Civil Veterinary Dept. North-West Frontier Province 1933-46 - 1933-1946
Year: 1933
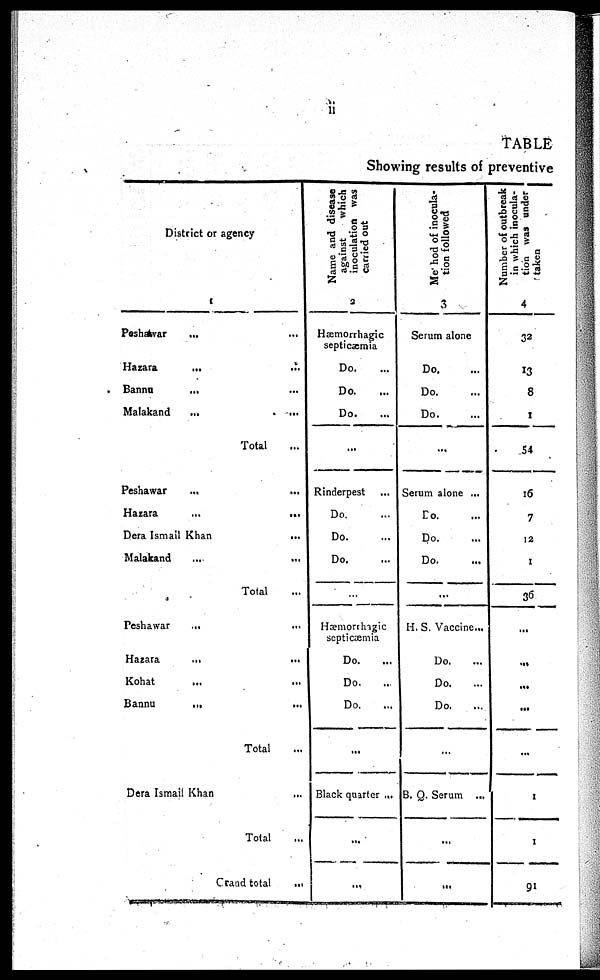
ii
TABLE
Showing results of preventive
District or agency
Peshawar ... ...
Hazara
...
...
Bannu ... ...
Malakand
...
...
Total
Peshawar
...
Hazara
...
...
Dera Ismail Khan
...
Malakand
...
...
Total ...
Peshawar ...
Hazara
...
Kohat ...
Bannu
...
Total ...
Dera Ismail Khan
...
Total ...
Grand total
...
Name and disease
against
which
inoculation was
carried out
2
Hæmorrhagic
septicæmia
Do. ...
Do. ...
Do. ...
...
Rinderpest
...
Do. ...
Do. ...
Do. ...
...
Hæmorrhagic
septicæmia
Do.
Do.
Do.
...
Black quarter ...
...
...
Method
of inocula-
tion followed
3
Serum alone
Do ....
Do ...
Do. ...
...
Serum alone ...
Do. ...
Do. ...
Do. ...
...
H. S. Vaccine...
Do.
Do.
Do.
...
B. Q. Serum ...
...
...
Number of outbreak
in which inocula-
tion was under
taken
4
32
13
8
1
54
16
7
12
1
36
...
...
...
...
...
...
1
91